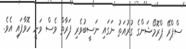
ސްޕްރޭ ޕްރޮމޯޝަންގެ ގުރުއަތު ނަގައި ނަސީބުވެރި ފަރާތް ވެސް ވަނީ ހޮވާފައި އެވެ.